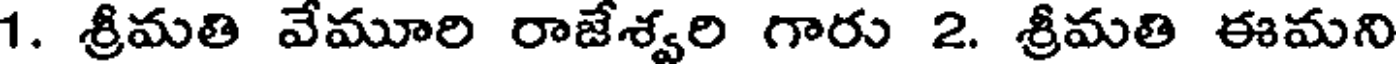
1. శ్రీమతి వేమూరి రాజేశ్వరి గారు 2. శ్రీమతి ఈమని